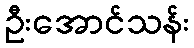
ဦးအောင်သန်း